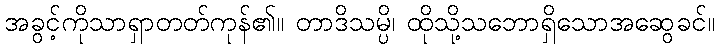
အခွင့်ကိုသာရှာတတ်ကုန်၏။ တာဒိသမ္ပိ၊ ထိုသို့သဘောရှိသောအဆွေခင်။